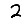
Digit: 2